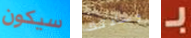
سيكون وسادتك بـ